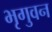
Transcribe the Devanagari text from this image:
भृगुवन